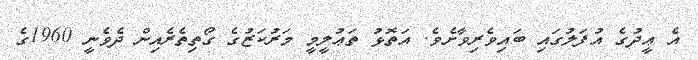
އެ ޢީދުގެ އުފަލުގައި ބައިވެރިވާށެވެ. އަތޮޅު ތަޢުލީމީ މަރުކަޒުގެ ގޯތިތެރެއިން ދެވެނީ 1960ގެ